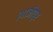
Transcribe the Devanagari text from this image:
।गाजीपुर